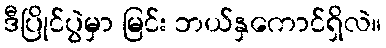
ဒီပြိုင်ပွဲမှာ မြင်း ဘယ်နှကောင်ရှိလဲ။